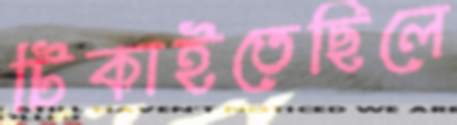
টিকাইতেছিলে